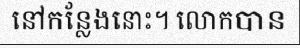
នៅកន្លែងនោះ។ លោកបាន